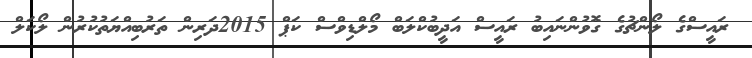
ރައީސްގެ ލޯންޗުގެ ގޮވުންނައިބު ރައީސް އަދީބުކްލަބް މޯލްޑިވްސް ކަޕް 2015ދަރިން ތަރުބިއްޔަތުކުރުން ލޯކަލް